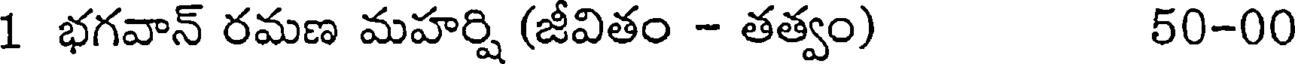
1 భగవాన్ రమణ మహర్షి (జీవితం - తత్వం) 50-00